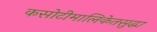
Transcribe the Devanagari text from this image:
कसोटीमालिकेतसुद्धा